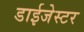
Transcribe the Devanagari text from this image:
डाईजेस्टर